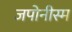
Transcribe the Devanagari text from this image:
जपोनीस्म